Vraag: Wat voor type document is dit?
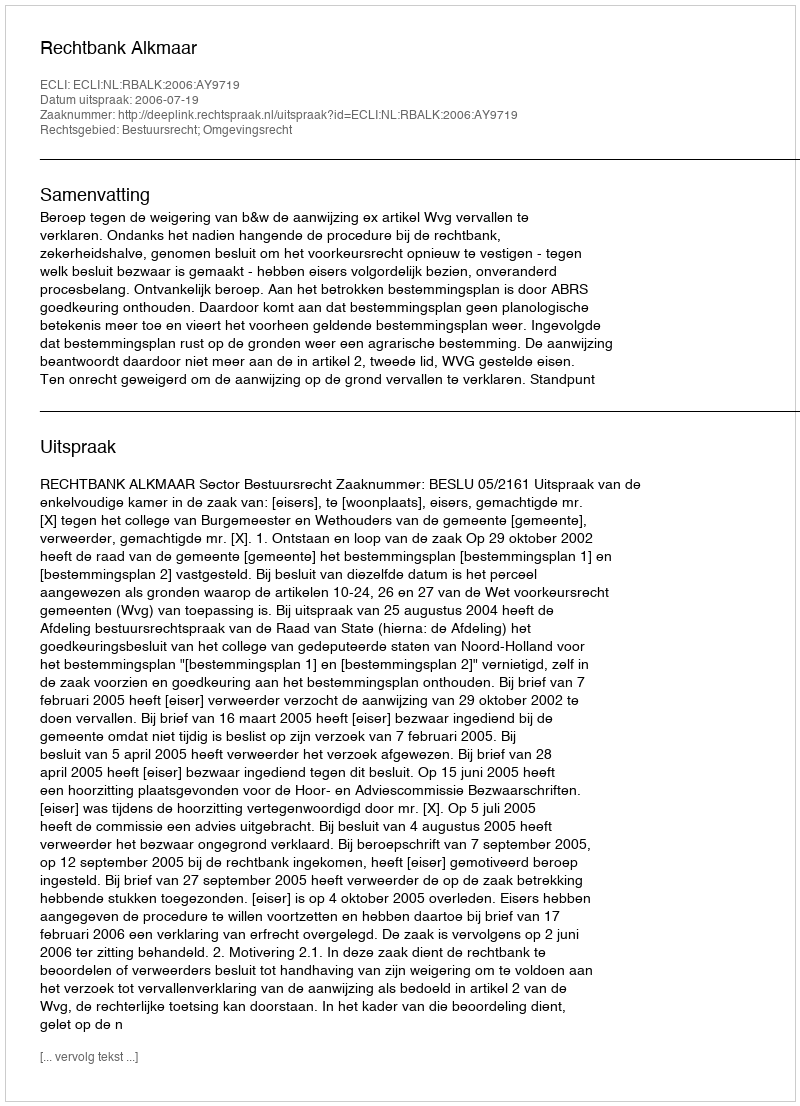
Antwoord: Uitspraak